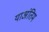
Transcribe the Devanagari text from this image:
याअंतिम